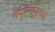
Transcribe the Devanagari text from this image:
तैमूरलंगाच्या